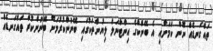
ތައްގަނޑެއް ނޫން ކަމަށާއި އެ ބޭންކްގެ އިންޓާނަލް ލިޔުންތަކުގައި ބޭނުންކުރުމަށް ބޭނުންކުރާ ތައްގަނޑެއް